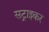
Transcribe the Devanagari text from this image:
सट्राइकर